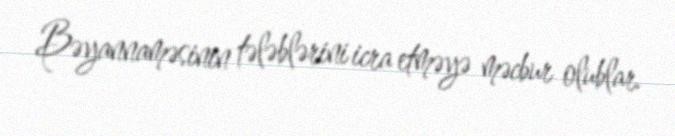
Bəyannaməsinin tələblərini icra etməyə məcbur olublar.